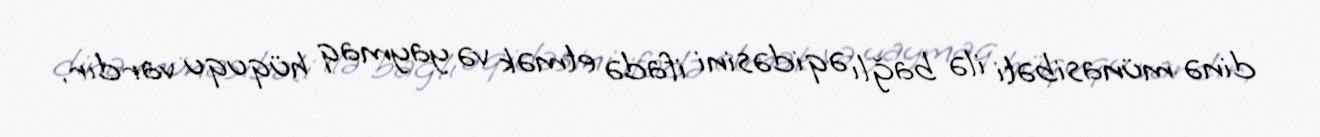
dinə münasibəti ilə bağlı əqidəsini ifadə etmək və yaymaq hüququ vardır.